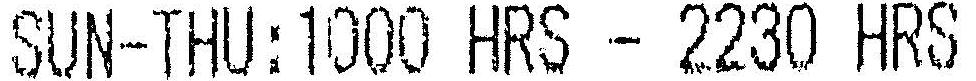
SUN-THU:1000 HRS - 2230 HRS